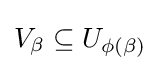
V_{\beta }\subseteq U_{\phi (\beta )}